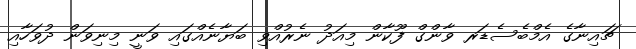
ޗައިނާގެ އެމްބެސެޑަރ ވާންގް ފޫކާން މިއަދު ނެރުއްވި ބަޔާނެއްގައި ވަނީ މިނިވަން ދުވަހާއި